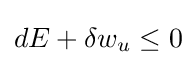
dE+\delta w_{u}\leq 0